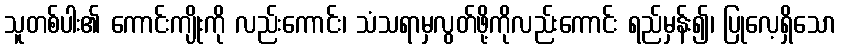
သူတစ်ပါး၏ ကောင်းကျိုးကို လည်းကောင်း၊ သံသရာမှလွတ်ဖို့ကိုလည်းကောင်း ရည်မှန်း၍၊ ပြုလေ့ရှိသော